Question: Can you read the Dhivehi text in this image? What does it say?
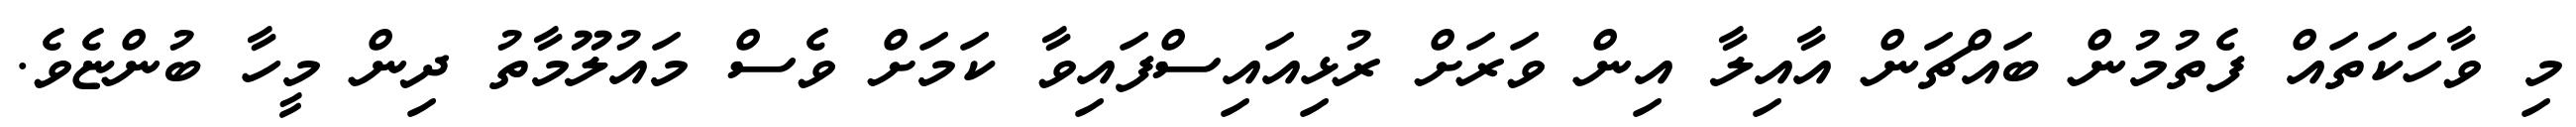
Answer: މި ވާހަކަތައް ފެތުމުން ބައްޗަން އާއިލާ އިން ވަރަށް ރުޅިއައިސްފައިވާ ކަމަށް ވެސް މައުލޫމާތު ދިން މީހާ ބުންޏެވެ.